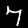
Label: 7